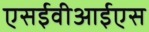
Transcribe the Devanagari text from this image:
एसईवीआईएस